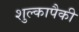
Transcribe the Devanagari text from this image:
शुल्कापैकी